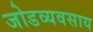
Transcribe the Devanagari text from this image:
जोडव्यवसाय